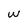
Character: w